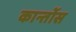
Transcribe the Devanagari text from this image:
कान्तोंस